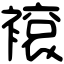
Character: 䙛